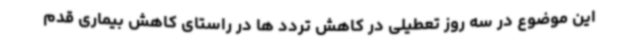
این موضوع در سه روز تعطیلی در کاهش تردد ها در راستای کاهش بیماری قدم